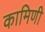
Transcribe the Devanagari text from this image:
कामिणी